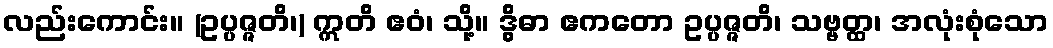
လည်းကောင်း။ (ဥပ္ပဇ္ဇတိ၊) ဣတိ ဧဝံ၊ သို့။ ဒွိဓာ ဧကတော ဥပ္ပဇ္ဇတိ၊ သဗ္ဗတ္ထ၊ အလုံးစုံသော